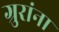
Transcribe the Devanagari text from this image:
ग्रुरांना